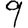
Digit: 9